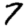
Digit: 7